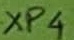
Text: XP4